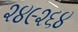
૨૪૯૨૬૪